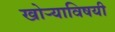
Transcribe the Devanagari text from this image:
खोर्‍याविषयी